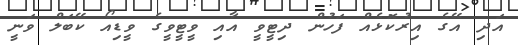
އަދި އޭގެ އިރުކޮޅެއް ފަހުން ދިޓީވީ އާއި ވީޓީވީގެ ވީޑިއޯ ކޭބަލް ވަނީ